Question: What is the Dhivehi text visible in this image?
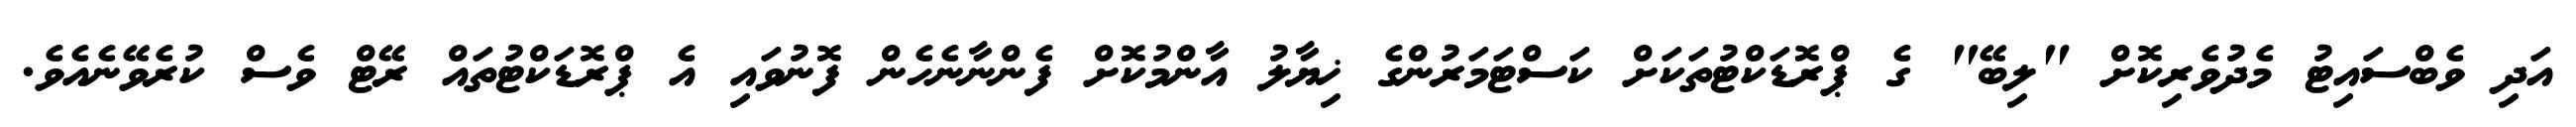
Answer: އަދި ވެބްސައިޓު މެދުވެރިކޮށް "ލިބޭ" ގެ ޕްރޮޑަކްޓުތަކަށް ކަސްޓަމަރުންގެ ޚިޔާލު އާންމުކޮށް ފެންނާނެހެން ފޮނުވައި އެ ޕްރޮޑަކްޓުތައް ރޭޓް ވެސް ކުރެވޭނެއެވެ.